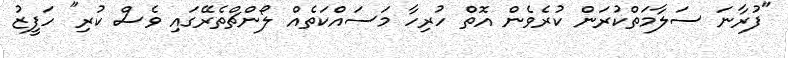
"ފުރާނަ ސަލާމަތްކުރަން ކުރެވެން އޮތް ހުރިހާ މަސައްކަތެއް ލޯންޗްތެރޭގައި ވެސް ކުރި" ހަފީޒު